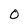
Character: O